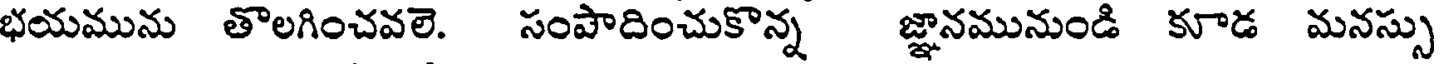
భయమును తొలగించవలె. సంపాదించుకొన్న జ్ఞానమునుండి కూడ మనస్సు